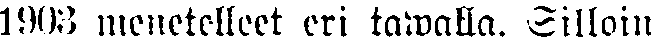
1983 menetelleet eri tawalla. Silloin